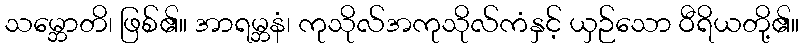
သမ္ဘောတိ၊ ဖြစ်၏။ အာရမ္ဘနံ၊ ကုသိုလ်အကုသိုလ်ကံနှင့် ယှဉ်သော ဝီရိယတို့၏။